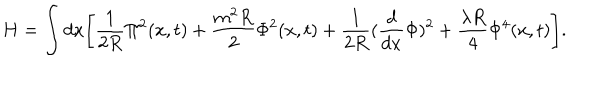
H = \int d x \Biggl [ \frac { 1 } { 2 R } \Pi ^ { 2 } ( x , t ) + \frac { m ^ { 2 } R } { 2 } \Phi ^ { 2 } ( x , t ) + \frac { 1 } { 2 R } ( \frac { d } { d x } \Phi ) ^ { 2 } + \frac { \lambda R } { 4 } \Phi ^ { 4 } ( x , t ) \Biggr ] .